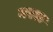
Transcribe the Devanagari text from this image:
मरळ